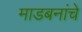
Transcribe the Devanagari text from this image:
माडबनांचे